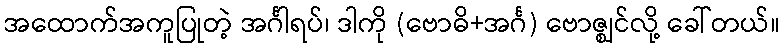
အထောက်အကူပြုတဲ့ အင်္ဂါရပ်၊ ဒါကို (ဗောဓိ+အင်္ဂ) ဗောဇ္ဈင်လို့ ခေါ်တယ်။